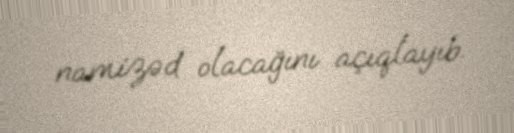
namizəd olacağını açıqlayıb.